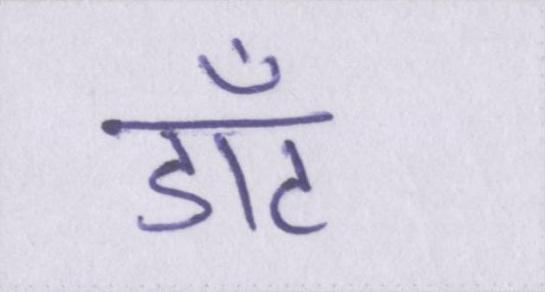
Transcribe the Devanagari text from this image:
डॉट